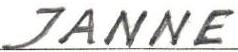
JANNE